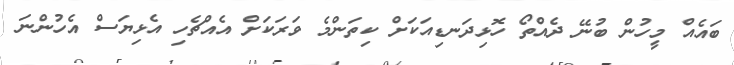
ބައެއް މީހުން ބުނޭ ދެއްތޯ ހޮޅިދަނޑިއަކަށް ކިތަންމެ ވަރަކަށް އެއްޗެހި އެޅިޔަސް އެހުންނަ